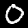
Label: 0